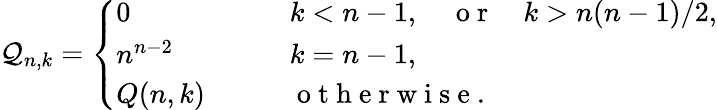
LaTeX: \mathcal Q_{n,k}=\left\{ \begin{array}{ll}{0\qquad}&{k<n-1,\quad\mathrm{~o~r~}\quad k>n(n-1)/2,}\\ {n^{n-2}\qquad}&{k=n-1,\quad}\\ {Q(n,k)\qquad}&{\mathrm{~o~t~h~e~r~w~i~s~e~}.}\end{array}\right.